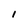
Character: 1